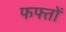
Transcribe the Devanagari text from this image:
फफ्तों